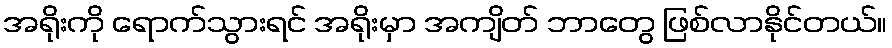
အရိုးကို ရောက်သွားရင် အရိုးမှာ အကျိတ် ဘာတွေ ဖြစ်လာနိုင်တယ်။